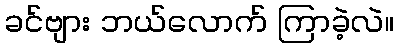
ခင်ဗျား ဘယ်လောက် ကြာခဲ့လဲ။